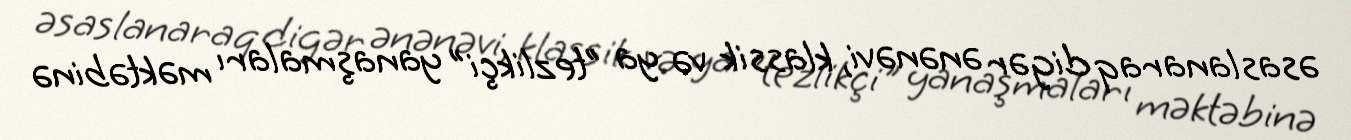
əsaslanaraq digər ənənəvi, klassik və ya "tezlikçi" yanaşmaları məktəbinə